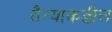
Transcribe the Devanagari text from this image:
सैन्याकडील